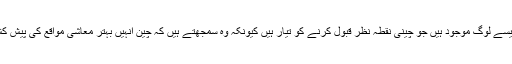
’پاکستان میں ایسے لوگ موجود ہیں جو چینی نقطہ نظر قبول کرنے کو تیار ہیں کیونکہ وہ سمجھتے ہیں کہ چین انہیں بہتر معاشی مواقع کی پیش کش کر رہا ہے۔